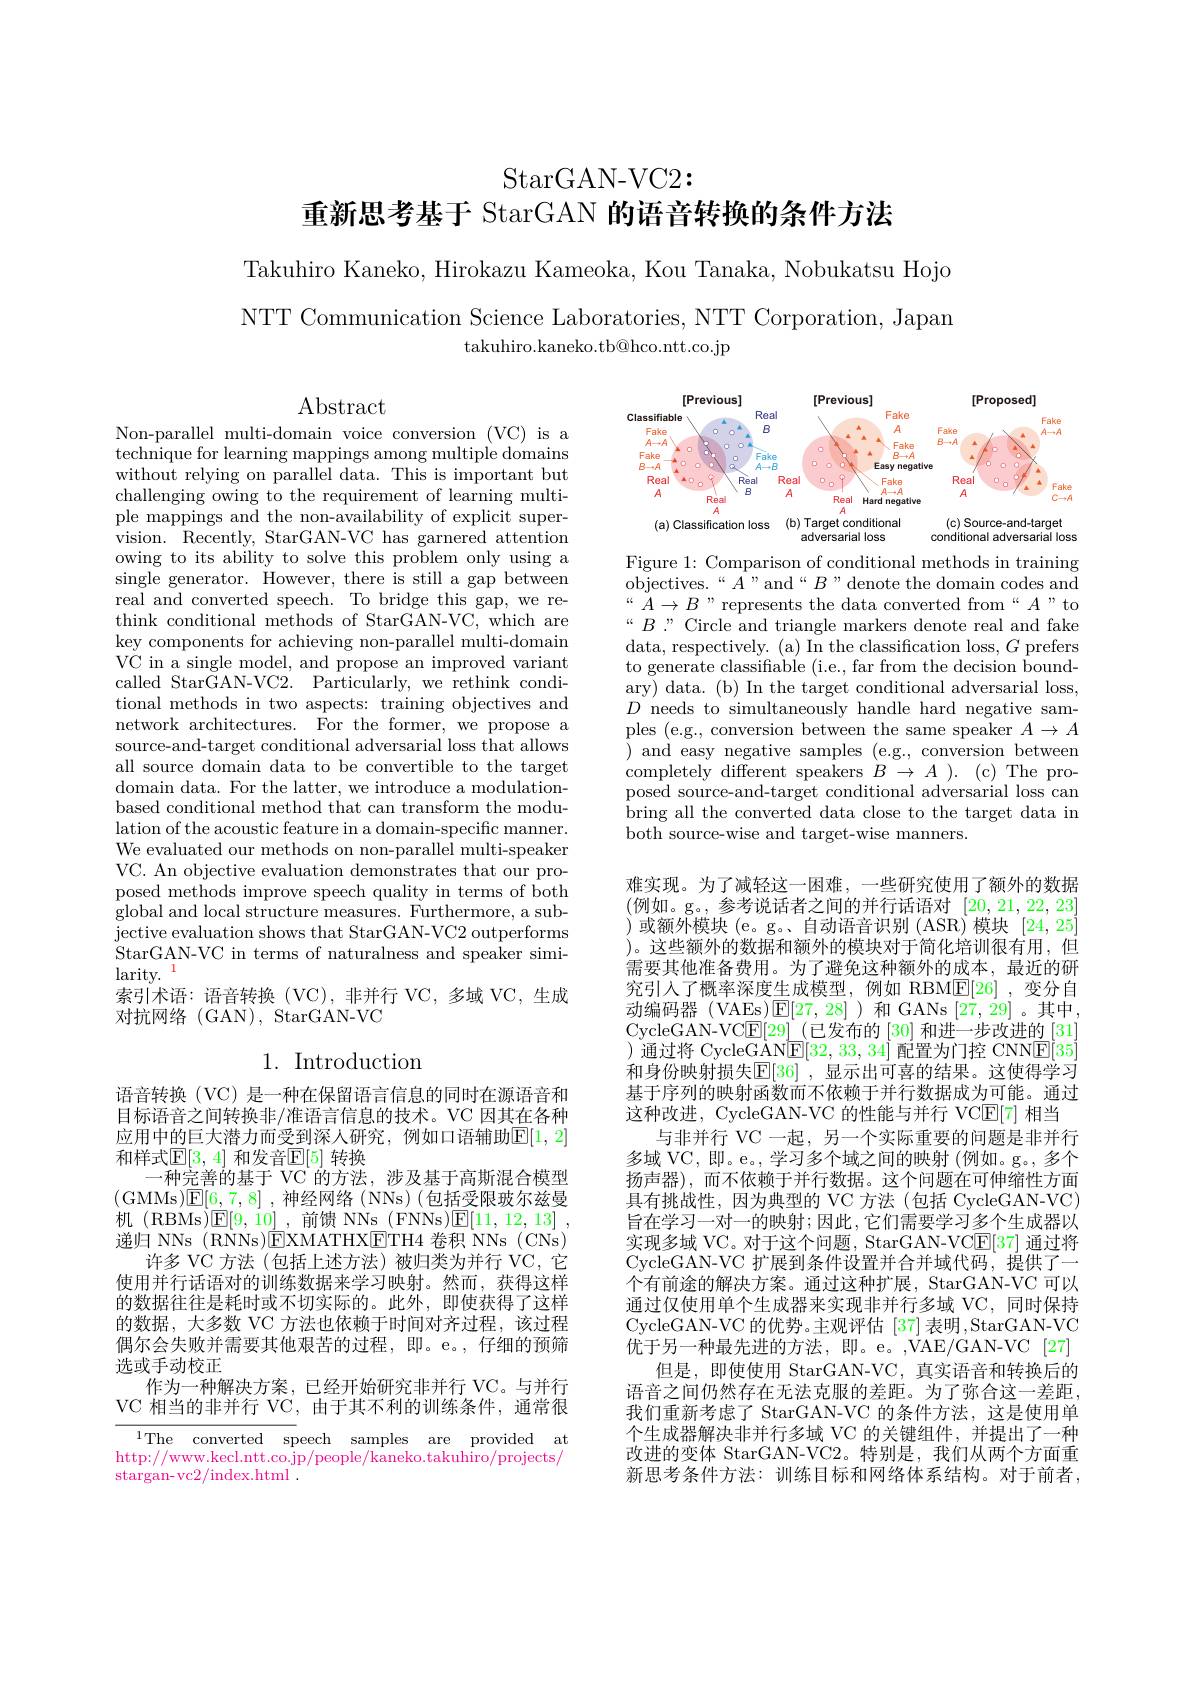
StarGAN-VC2:

重新思考基于 StarGAN 的语音转换的条件方法

Takuhiro Kaneko, Hirokazu Kameoka, Kou Tanaka, Nobukatsu Hojo NTT Communication Science Laboratories, NTT Corporation, Japan
takuhiro.kaneko.tb@hco.ntt.co.jp

$\operatorname{Abstract}$

<FigureHere>

Figure 1: Comparison of conditional methods in training objectives.“A”and“B”denote the domain codes and “ $A\to B$” represents the data converted from“$A$” to “B”Circle and triangle markers denote real and fake data, respectively. (a) In the classification loss, $G$ prefers to generate classifiable (i.e., far from the decision boundary) data. (b) In the target conditional adversarial loss, $D$ needs to simultaneously handle hard negative samples (e.g., conversion between the same speaker $A\to A$ and easy negative samples ( e. g. , conversion between completely different speakers $B\to A$ ). (c) The proposed source-and-target conditional adversarial loss can bring all the converted data close to the target data in both source-wise and target-wise manners.

Non-parallel multi-domain voice conversion (VC) is a technique for learning mappings among multiple domains without relying on parallel data. This is important but challenging owing to the requirement of learning multiple mappings and the non-availability of explicit supervision. Recently, StarGAN-VC has garnered attention owing to its ability to solve this problem only using a single generator. However, there is still a gap between real and converted speech. To bridge this gap, we rethink conditional methods of StarGAN-VC, which are key components for achieving non-parallel multi-domain VC in a single model, and propose an improved variant called StarGAN-VC2. Particularly, we rethink conditional methods in two aspects: training objectives and network architectures. For the former, we propose a source-and-target conditional adversarial loss that allows all source domain data to be convertible to the target domain data. For the latter, we introduce a modulationbased conditional method that can transform the modulation of the acoustic feature in a domain-specific manner. We evaluated our methods on non-parallel multi-speaker VC. An objective evaluation demonstrates that our proposed methods improve speech quality in terms of both global and local structure measures. Furthermore, a sub- jective evaluation shows that StarGAN-VC2 outperforms StarGAN-VC in terms of naturalness and speaker simi- $\operatorname*{larity.}_{\text{ Tonse}}^{1}$
索引术语：语音转换(VC),非并行 VC,多域 VC, 生成
对抗网络(GAN),StarGAN-VC

# 1. Introduction

难实现。为了减轻这一困难，一些研究使用了额外的数据(例如。g。,参考说话者之间的并行话语对[20,21,22,23] )或额外模块 (e。g。、自动语音识别 (ASR) 模块[24,25] )。这些额外的数据和额外的模块对于简化培训很有用，但需要其他准备费用。为了避免这种额外的成本，最近的研究引入了概率深度生成模型，例如 RBM$\boxed{\mathrm{E}}[26]$ ,变分自动编码器(VAEs)$\operatorname{E}[27,28]$)和 GANs [27,29] 。其中， CycleGAN-VC$\boxed{\mathrm{F}}[29]$\_(已发布的 [30] 和进一步改进的 [31] ) 通过将 CycleG$\underline{\mathrm{AN}}\underline{\mathrm{E}}[32,33,34]$配置为门控 CNN$\underline{\mathrm{E}}[35]$ 和身份映射损失$\operatorname{E}[36]$ ,显示出可喜的结果。这使得学习基于序列的映射函数而不依赖于并行数据成为可能。通过这种改进，CycleGAN-VC 的性能与并行 VC$\underline{\mathrm{E}}[7]$相当
与非并行 VC 一起，另一个实际重要的问题是非并行多域 VC, 即。e。, 学习多个域之间的映射 (例如。g。, 多个扬声器),而不依赖于并行数据。这个问题在可伸缩性方面具有挑战性，因为典型的 VC 方法(包括 CycleGAN-VC) 旨在学习一对一的映射；因此，它们需要学习多个生成器以实现多域 VC。对于这个问题，StarGAN-VCE[37] 通过将CycleGAN-VC 扩展到条件设置并合并域代码，提供了一个有前途的解决方案。通过这种扩展，StarGAN-VC 可以通过仅使用单个生成器来实现非并行多域 VC,同时保持CycleGAN-VC 的优势。主观评估 [37]表明，StarGAN-VC 优于另一种最先进的方法，即。e。,VAE/GAN-VC[27]
但是，即使使用 StarGAN-VC, 真实语音和转换后的语音之间仍然存在无法克服的差距。为了弥合这一差距， 我们重新考虑了 StarGAN-VC 的条件方法，这是使用单个生成器解决非并行多域 VC 的关键组件，并提出了一种改进的变体 StarGAN-VC2。特别是，我们从两个方面重新思考条件方法：训练目标和网络体系结构。对于前者，

语音转换(VC)是一种在保留语言信息的同时在源语音和目标语音之间转换非/准语言信息的技术。VC 因其在各种应用中的巨大潜力而受到深人研究，例如口语辅助$\overline{\mathbb{E}}[1,2]$ 和样式$\mathbb{E}[3,4]$ 和发音$\mathbb{E}[5]$ 转换
一种完善的基于 VC 的方法，涉及基于高斯混合模型(GMMs)E[6,7,8] ,神经网络 (NNs)(包括受限玻尔兹曼机 (RBMs)$\boxed{\mathrm{E} }[ 9, 10]$ ,前馈 NNs (FNNs)$^{1}$Department of Computing, Imperial College London$\boxed{\mathrm{E} }[ 11, 12, 13]$ , 递归 NNs (RNNs)EXMATHX$\boxed{\mathrm{ETH4~卷积~NNs~(CNs)}}$
许多 VC 方法 (包括上述方法)被归类为并行 VC,它使用并行话语对的训练数据来学习映射。然而，获得这样的数据往往是耗时或不切实际的。此外，即使获得了这样的数据，大多数 VC 方法也依赖于时间对齐过程，该过程偶尔会失败并需要其他艰苦的过程，即。e。,仔细的预筛选或手动校正
作为一种解决方案，已经开始研究非并行 VC。与并行VC 相当的非并行 VC,由于其不利的训练条件，通常很

$^{1}$The converted speech samples are provided at http://www.kecl.ntt.co.jp/people/kaneko.takuhiro/projects/ stargan-vc2/index.html .